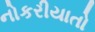
નોકરીયાતો